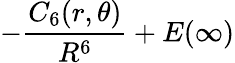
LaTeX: -\frac{C_{6}(r,\theta)}{R^{6}}+E(\infty)